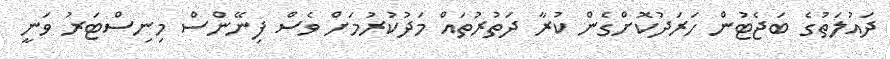
ދައުލަތުގެ ބަޖެޓުން ހަރަދުކޮށްގެން ކުރާ ދަތުރުތައް މަދުކުރުމަށް ވެސް ފިނޭންސް މިނިސްޓަރު ވަނީ